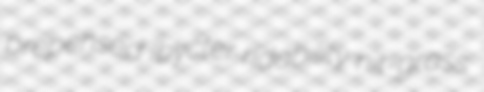
prepensed Ibycter ridability nit-grass